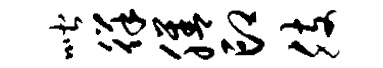
喈徉膳印肢